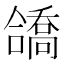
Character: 𫣹